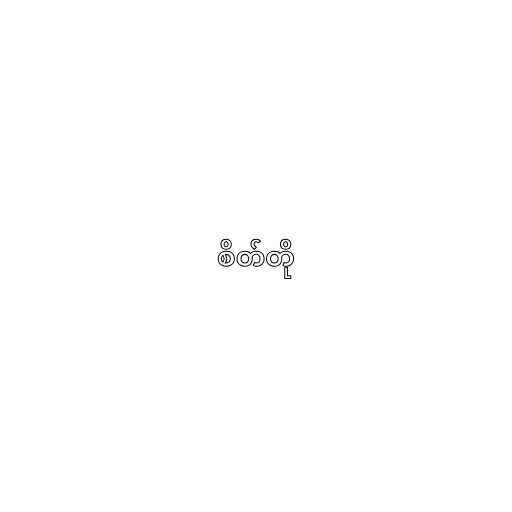
စိတ်တို